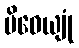
ပိဝေယျုံ